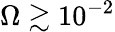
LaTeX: \Omega\gtrsim 10^{-2}